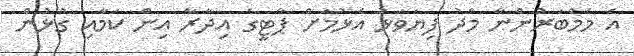
އެ މެމްބަރުންނާ މެދު ފިޔަވަޅު އެޅުމަށް ޕާޓީގެ އިދާރާ އިން ކަމާއި ގުޅުން